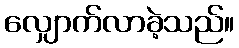
လျှောက်လာခဲ့သည်။